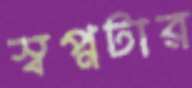
স্বপ্নটার